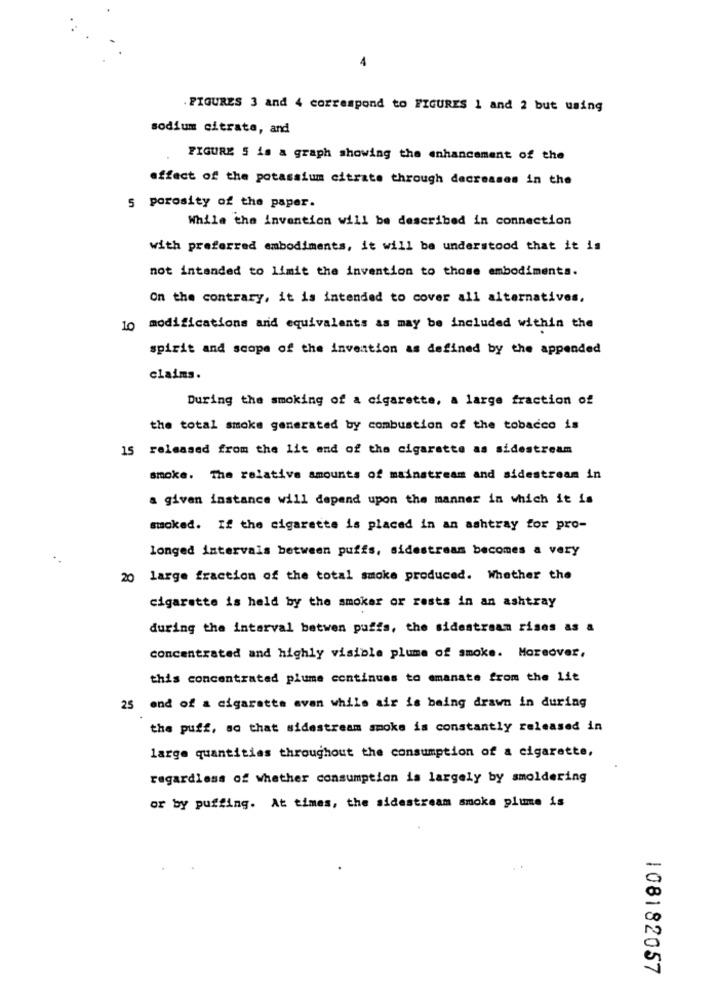
4
. FIGURES 3 and 4 correspond to FIGURES 1 and 2 but using
sodium citrate, and
FIGURE 5 is a graph showing the enhancement of the
effect of the potassium citrate through decreases in the
5 porosity of the paper.
While the invention will be described in connection
with preferred embodiments, it will be understood that it is
not intended to limit the invention to those embodiments.
On the contrary, it is intended to cover all alternatives,
10 modifications and equivalents as may be included within the
spirit and scope of the invention as defined by the appended
claims.
During the smoking of a cigarette, a large fraction of
the total smoke generated by combustion of the tobacco is
15 released from the lit end of the cigarette as sidestream
smoke. The relative amounts of mainstream and sidestream in
a given instance will depend upon the manner in which it is
smoked. If the cigarette is placed in an ashtray for pro-
longed intervals between puffs, sidestream becomes a very
20 large fraction of the total smoke produced. Whether the
cigarette is held by the smoker or rests in an ashtray
during the interval betwen puffs, the sidestream rises as a
concentrated and highly visible plume of smoke. Moreover,
this concentrated plume continues to emanate from the lie
25 end of a cigarette avan while air is being drawn in during
the puff, so that sidestream smoke is constantly released in
large quantities throughout the consumption of a cigarette,
regardless of whether consumption is largely by smoldering
or by puffing. At times, the sidestream smoka plume is
108182057